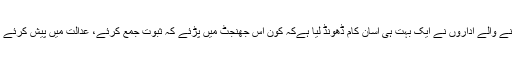
لیکن ہمارے حکمرانوں اور قانون نافذ کرنے والے اداروں نے ایک بہت ہی آسان کام ڈھونڈ لیا ہےکہ کون اس جھنجٹ میں پڑئے کہ ثبوت جمع کرئے، عدالت میں پیش کرئے اوربعد میں ان ثبوتوں کوسچا ثابت کرئے۔